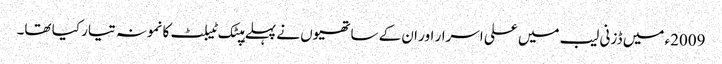
2009ء میں ڈزنی لیب میں علی اسرار اور ان کے ساتھیوں نے پہلے ہپٹک ٹیبلٹ کا نمونہ تیار کیا تھا۔